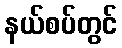
နယ်စပ်တွင်